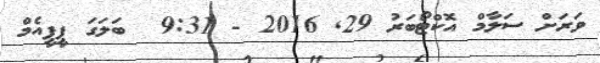
ވަރަށް ސަލާމް އޮކްޓޯބަރު 29